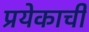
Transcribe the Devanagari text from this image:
प्रयेकाची